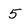
Character: 5